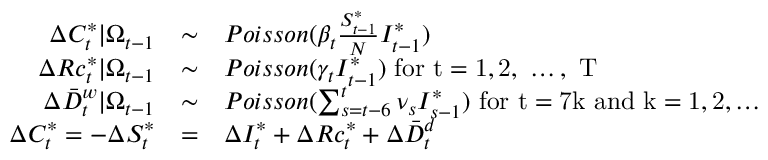
\begin{array} { r c l } { \Delta C _ { t } ^ { * } | \Omega _ { t - 1 } } & { \sim } & { P o i s s o n ( \beta _ { t } \frac { S _ { t - 1 } ^ { * } } { N } I _ { t - 1 } ^ { * } ) } \\ { \Delta R c _ { t } ^ { * } | \Omega _ { t - 1 } } & { \sim } & { P o i s s o n ( \gamma _ { t } I _ { t - 1 } ^ { * } ) \mathrm { ~ f o r ~ t = 1 , 2 , ~ \dots , ~ T ~ } } \\ { \Delta \bar { D } _ { t } ^ { w } | \Omega _ { t - 1 } } & { \sim } & { P o i s s o n ( \sum _ { s = t - 6 } ^ { t } \nu _ { s } I _ { s - 1 } ^ { * } ) \mathrm { ~ f o r ~ t = 7 k ~ a n d ~ k = 1 , 2 , \dots ~ } } \\ { \Delta C _ { t } ^ { * } = - \Delta S _ { t } ^ { * } } & { = } & { \Delta I _ { t } ^ { * } + \Delta R c _ { t } ^ { * } + \Delta \bar { D } _ { t } ^ { d } } \end{array}